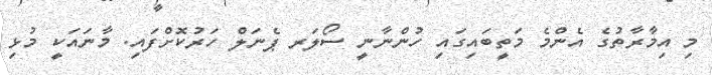
މި އިމާރާތުގެ އެންމެ މަތީބައިގައި ހުންނާނީ ސޯލަރ ޕެނަލް ހަރުކޮށްފައި. މާނައަކީ މުޅި